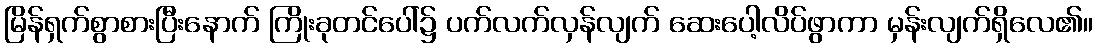
မြိန်ရှက်စွာစားပြီးနောက် ကြိုးခုတင်ပေါ်၌ ပက်လက်လှန်လျက် ဆေးပေါ့လိပ်ဖွာကာ မှန်းလျက်ရှိလေ၏။